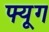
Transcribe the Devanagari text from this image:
फ्यूग